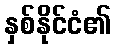
နှစ်နိုင်ငံ၏